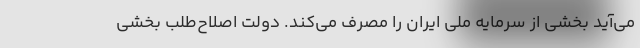
می‌آید بخشی از سرمایه ملی ایران را مصرف می‌کند. دولت اصلاح‌طلب بخشی